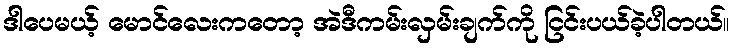
ဒါပေမယ့် မောင်လေးကတော့ အဲဒီကမ်းလှမ်းချက်ကို ငြင်းပယ်ခဲ့ပါတယ်။